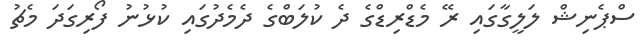
ސްޕެނިޝް ލަލީގާގައި ރޭ މެޑްރިޑްގެ ދެ ކުލަބްގެ ދެމެދުގައި ކުޅުނު ފޯރިގަދަ މެޗު